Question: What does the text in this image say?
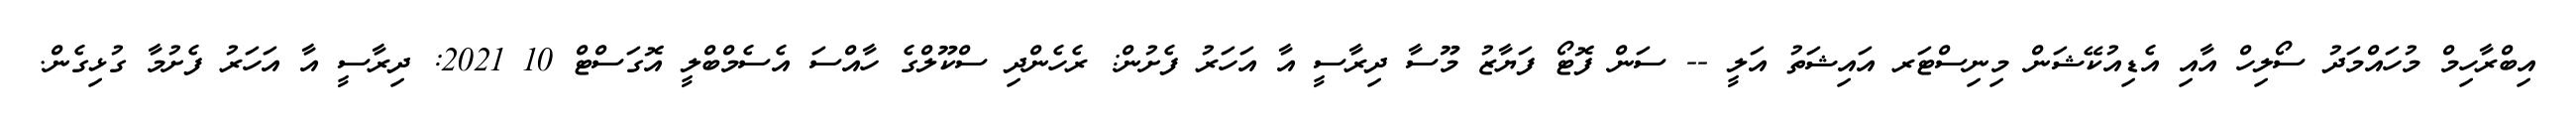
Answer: އިބްރާހިމް މުހައްމަދު ސޯލިހް އާއި އެޑިއުކޭޝަން މިނިސްޓަރ އައިޝަތު އަލީ -- ސަން ފޮޓޯ ފަޔާޒު މޫސާ ދިރާސީ އާ އަހަރު ފެށުން: ރެހެންދި ސްކޫލްގެ ހާއްސަ އެސެމްބްލީ އޮގަސްޓް 10 2021: ދިރާސީ އާ އަހަރު ފެށުމާ ގުޅިގެން.